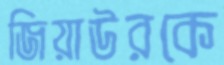
জিয়াউরকে